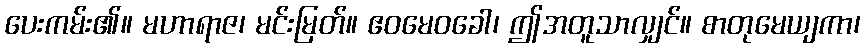
ပေးကမ်း၏။ မဟာရာဇ၊ မင်းမြတ်။ ဧဝမေဝခေါ၊ ဤအတူသာလျှင်။ စာတုမေယျကာ၊